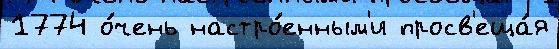
1774 о́чень настро́енным'и просв'еща́я